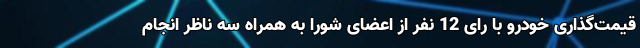
قیمت‌گذاری خودرو با رای 12 نفر از اعضای شورا به همراه سه ناظر انجام